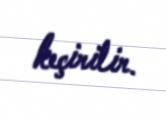
keçirilir.